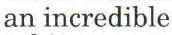
an incredible